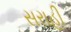
સરાહી